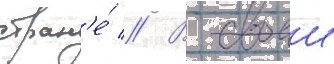
стран'е́ // В своеи